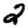
Digit: 2